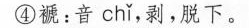
。④褫：音 chi ，剥，脱下。